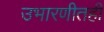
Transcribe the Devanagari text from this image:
उभारणीतही